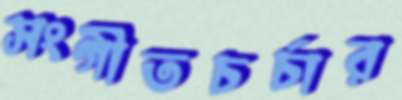
সংগীতচর্চার